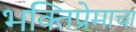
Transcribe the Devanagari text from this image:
भक्तिप्रेमाचा